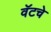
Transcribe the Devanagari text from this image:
वॅटचे